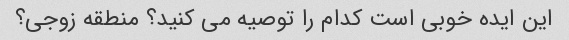
این ایده خوبی است کدام را توصیه می کنید؟ منطقه زوجی؟